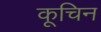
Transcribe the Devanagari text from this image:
कूचिन